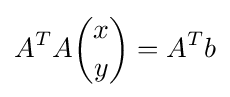
A^{T}A{\binom {x}{y}}=A^{T}b